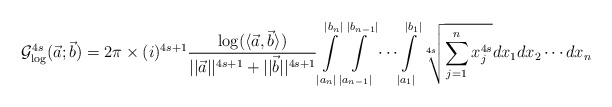
\begin{align*}\mathcal{G}^{4s}_{\log}(\vec{a};\vec{b})&=2\pi \times (i)^{4s+1}\frac{\log(\langle \vec{a},\vec{b}\rangle)}{||\vec{a}||^{4s+1}+||\vec{b}||^{4s+1}}\int \limits_{|a_n|}^{|b_n|} \int \limits_{|a_{n-1}|}^{|b_{n-1}|}\cdots \int \limits_{|a_1|}^{|b_1|}\sqrt[4s]{\sum \limits_{j=1}^{n}x^{4s}_j}dx_1dx_2\cdots dx_n\end{align*}